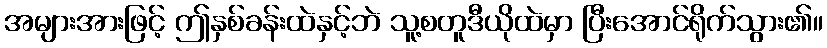
အများအားဖြင့် ဤနှစ်ခန်းထဲနှင့်ဘဲ သူ့စတူဒီယိုထဲမှာ ပြီးအောင်ရိုက်သွား၏။